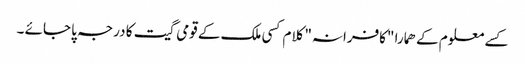
کسے معلوم کے ھمارا "کافرانہ" کلام کسی ملک کے قومی گیت کا درجہ پا جائے ۔